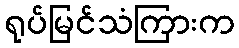
ရုပ်မြင်သံကြားက